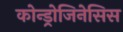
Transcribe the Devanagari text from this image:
कोन्ड्रोजिनेसिस